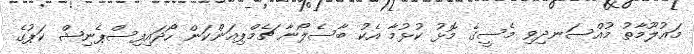
މައުލޫމާތު މުއްސަނދިވި މެސީގެ މޮޅު ކުޅުމާ އެކު ބާސެލޯނާ ޗެމްޕިއަންކަން ހޯދައިފިސްޕެނިޝް ކަޕުގެ